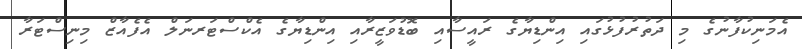
އެމަނިކުފާނުގެ މި ދަތުރުފުޅުގައި އިންޑިޔާގެ ރައީސާއި ބޮޑުވަޒީރާއި އިންޑިޔާގެ އެކްސްޓަރނަލް އެފެއާޒް މިނިސްޓަރާ